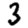
Digit: 3